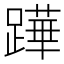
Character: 𨅯